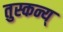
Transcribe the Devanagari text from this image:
तुस्कन्य्